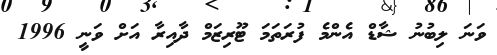
ވަނަ ލިބުނު ޝާޑް އެންމެ ފުރަތަމަ ޓޫރިޒަމް ދާއިރާ އަށް ވަނީ 1996